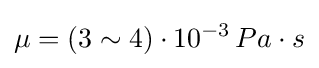
\mu =(3\sim 4)\cdot 10^{-3}\,Pa\cdot s